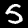
Digit: 5